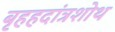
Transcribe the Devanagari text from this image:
बृहहदांत्रशोथ